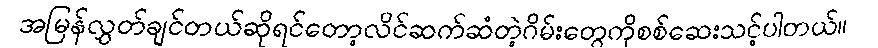
အမြန်လွှတ်ချင်တယ်ဆိုရင်တော့လိင်ဆက်ဆံတဲ့ဂိမ်းတွေကိုစစ်ဆေးသင့်ပါတယ်။